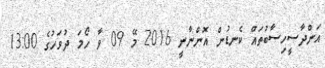
އަންދާސީހިސާބުތައް ކެނޑުން އޮންނާނީ 2016 މޭ 09 ވާ ހޯމަ ދުވަހުގެ 13:00